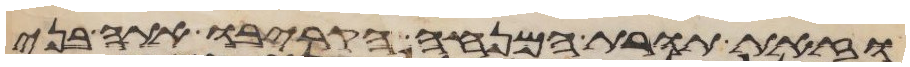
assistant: וזאת תורת המנחה הקריבו אתה בני